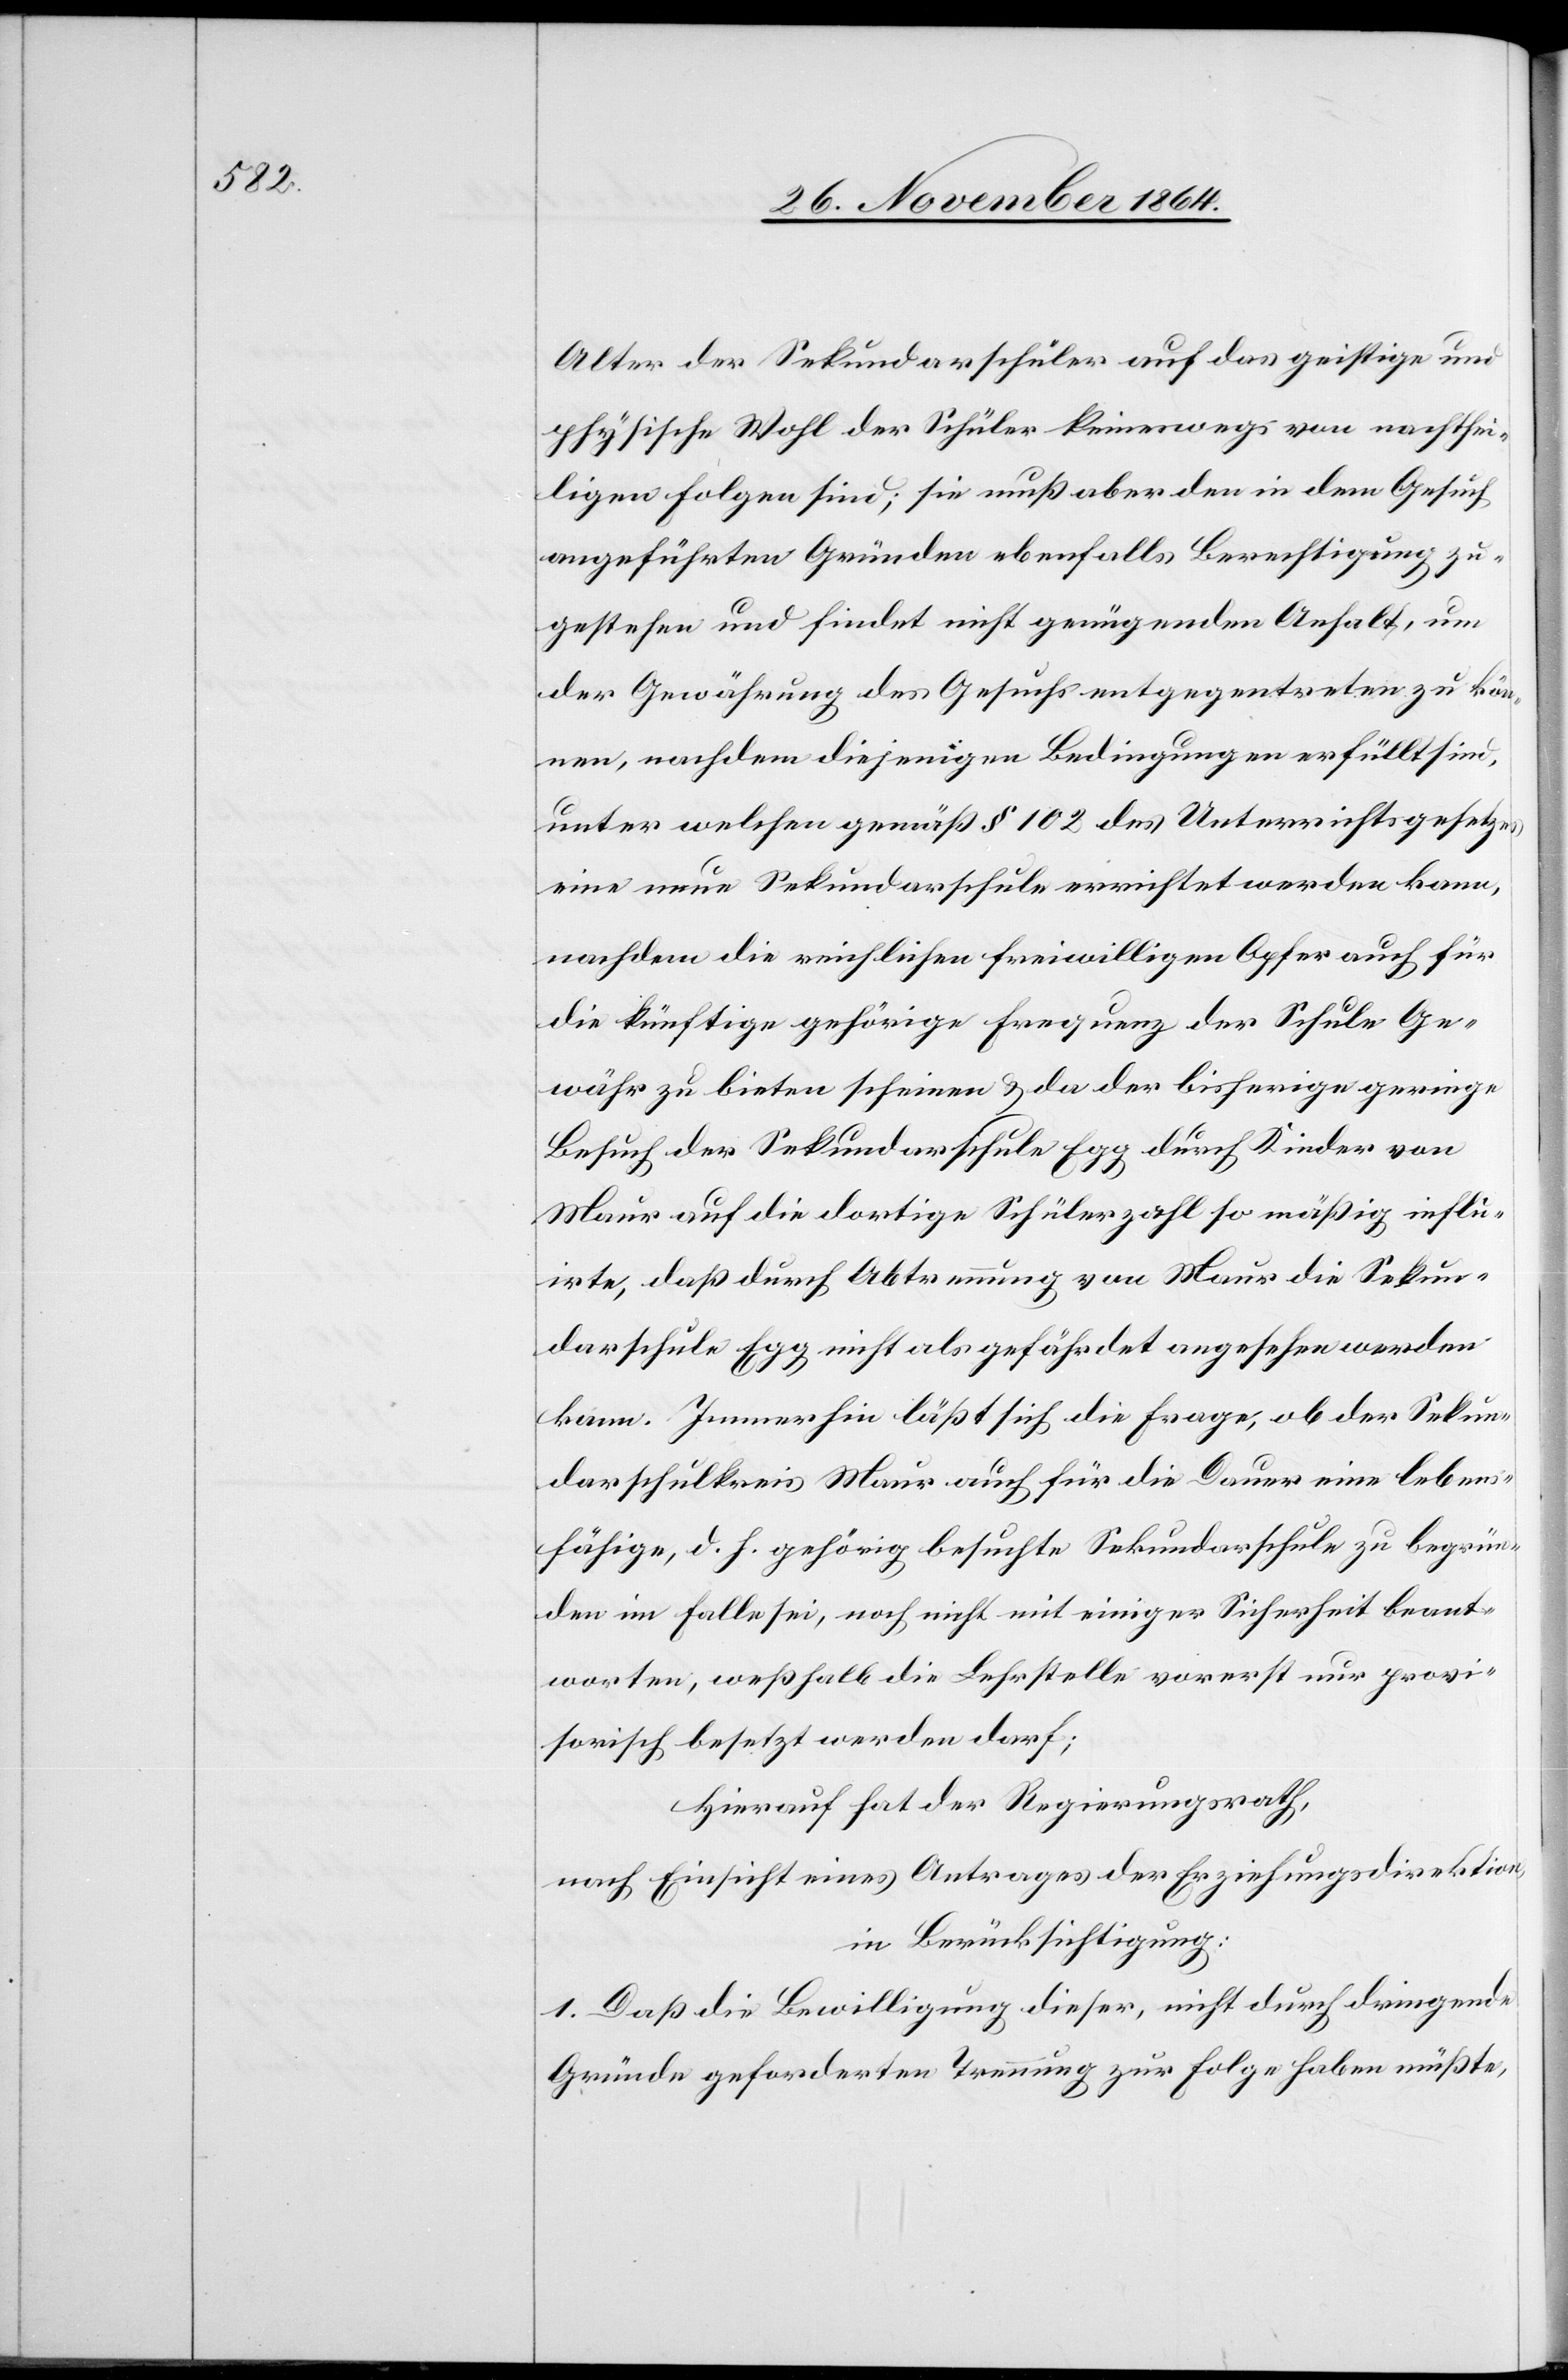
Alter der Sekundarschüler auf das geistige und
physische Wohl der Schüler keineswegs von nachthei¬
ligen Folgen sind; sie muß aber den in dem Gesuch
angeführten Gründen ebenfalls Berechtigung zu¬
gestehen und findet nicht genügenden Anhalt, um
der Gewährung des Gesuchs entgegentreten zu kön¬
nen, nachdem diejenigen Bedingungen erfüllt sind,
unter welchen gemäß § 102 des Unterrichtsgesetzes
eine neue Sekundarschule errichtet werden kann,
nachdem die reichlichen freiwilligen Opfer auch für
die künftige gehörige Frequenz der Schule Ge¬
währ zu bieten scheinen & das der bisherige geringe
Besuch der Sekundarschule Egg durch Kinder von
Maur auf die dortige Schülerzahl so mäßig influ¬
irte, daß durch Abtrennung von Maur die Sekun¬
darschule Egg nicht als gefährdet angesehen werden
kann. Immerhin läßt sich die Frage, ob der Sekun¬
darschulkreis Maur auch für die Dauer eine lebens¬
fähige, d. h. gehörig besuchte Sekundarschule zu begrün¬
den im Falle sei, noch nicht mit einiger Sicherheit beant¬
wortet, weßhalb die Lehrstelle vorerst nur provi¬
sorisch besetzt werden darf;
Hierauf hat der Regierungsrath,
nach Einsicht eines Antrages der Erziehungsdirektion,
in Berücksichtigung:
1. Daß die Bewilligung dieser, nicht durch dringende
Gründe geforderten Trennung zur Folge haben müßte,